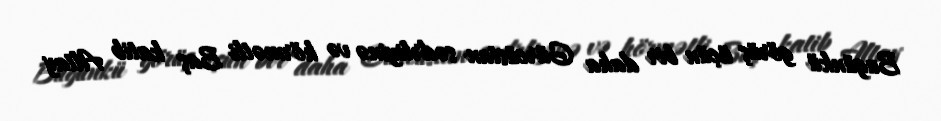
Bugünkü görüş üçün bir daha Gürcüstan sədrliyinə və hörmətli Baş katib Altay